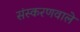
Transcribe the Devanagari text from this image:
संस्करणवाले